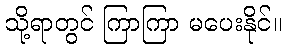
သို့ရာတွင် ကြာကြာ မပေးနိုင်။